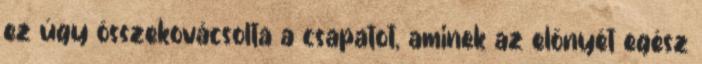
ez úgy összekovácsolta a csapatot, aminek az előnyét egész